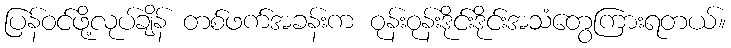
ပြန်ဝင်ဖို့လုပ်ချိန် တစ်ဖက်အခန်းက ဝုန်းဝုန်းဒိုင်းဒိုင်းအသံတွေကြားရတယ်။